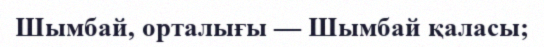
Шымбай, орталығы — Шымбай қаласы;